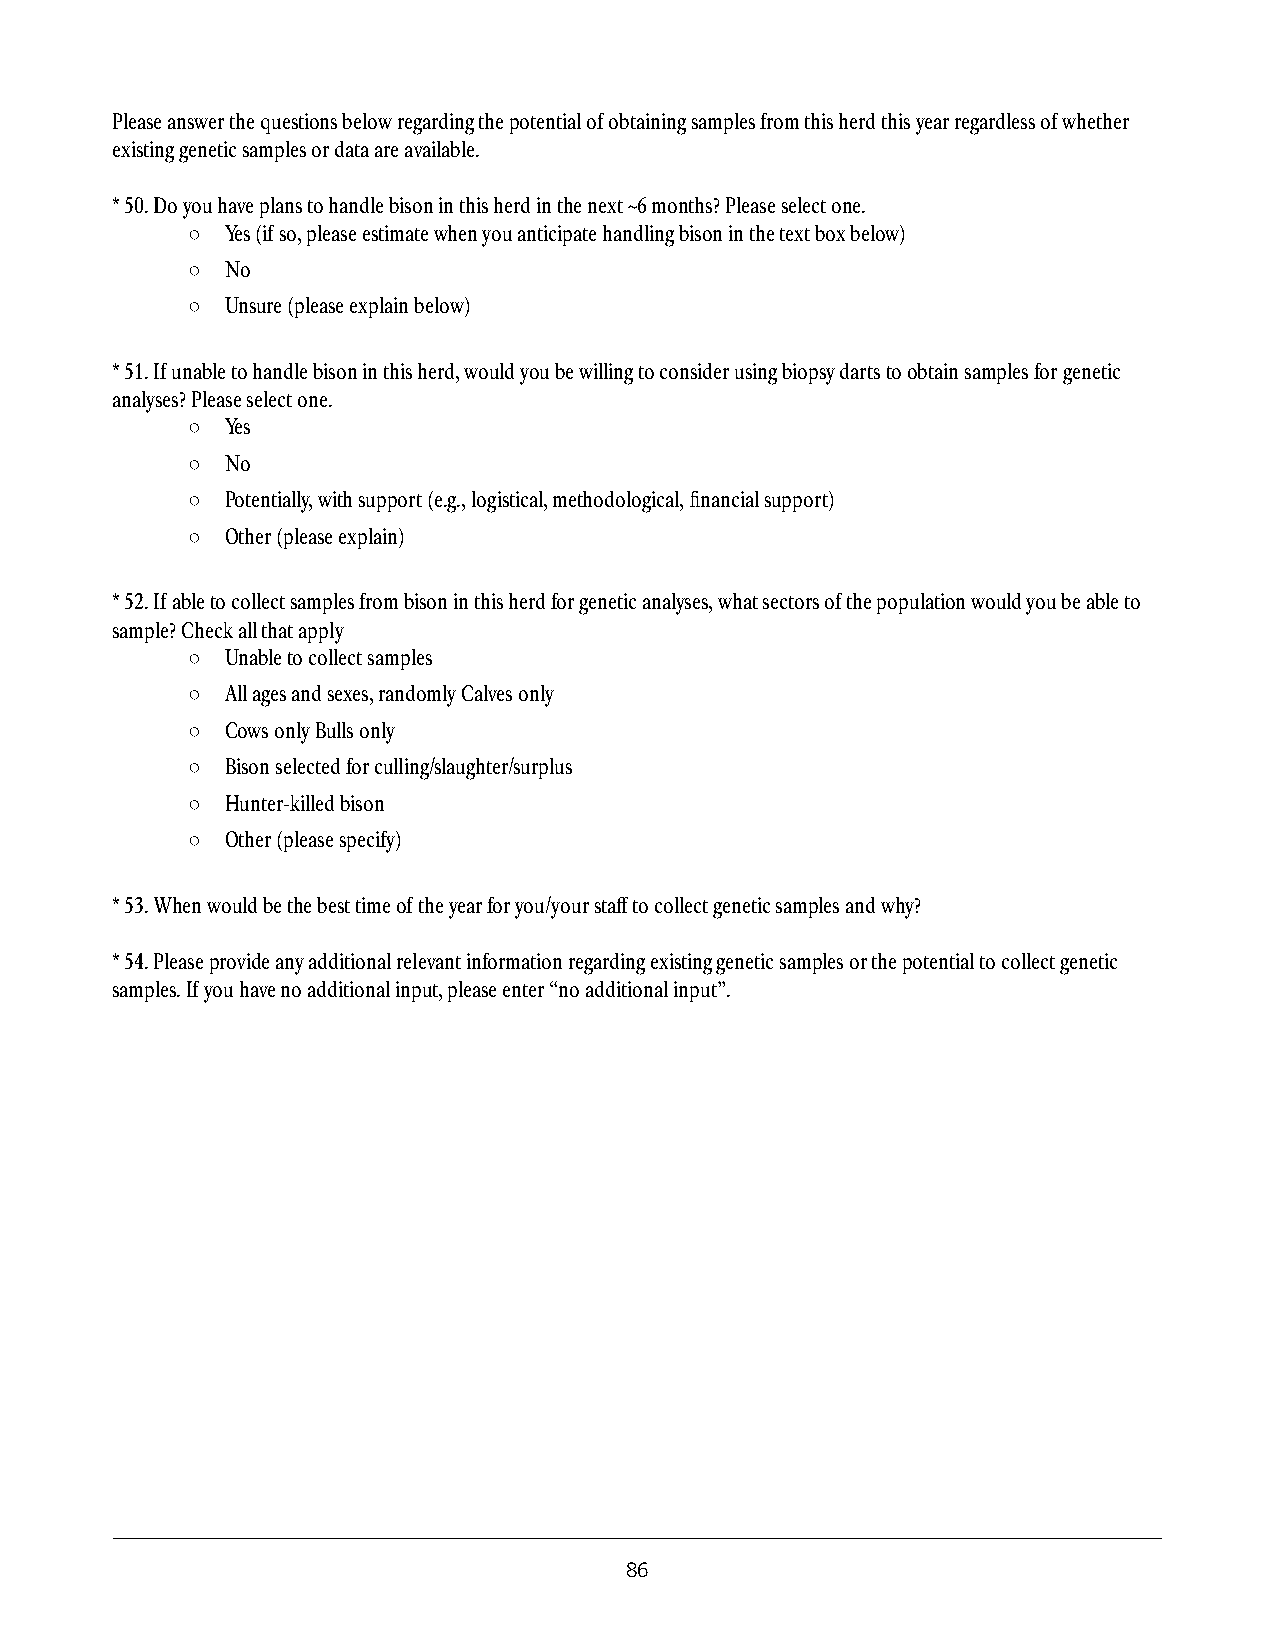
Please answer the questions below regarding the potential of obtaining samples from this herd this year regardless of whether
 existing genetic samples or data are available.
 * 50. Do you have plans to handle bison in this herd in the next ~6 months? Please select one.
 ○  Yes (if so, please estimate when you anticipate handling bison in the text box below)
 ○  No
 ○  Unsure (please explain below)
 * 51. If unable to handle bison in this herd, would you be willing to consider using biopsy darts to obtain samples for genetic
 analyses? Please select one.
 ○  Yes
 ○  No
 ○  Potentially, with support (e.g., logistical, methodological, financial support)
 ○  Other (please explain)
 * 52. If able to collect samples from bison in this herd for genetic analyses, what sectors of the population would you be able to
 sample? Check all that apply
 ○  Unable to collect samples
 ○  All ages and sexes, randomly Calves only
 ○  Cows only Bulls only
 ○  Bison selected for culling/slaughter/surplus
 ○  Hunter-killed bison
 ○  Other (please specify)
 * 53. When would be the best time of the year for you/your staff to collect genetic samples and why?
 * 54. Please provide any additional relevant information regarding existing genetic samples or the potential to collect genetic
 samples. If you have no additional input, please enter “no additional input”.
 86